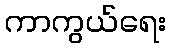
ကာကွယ်ရေး